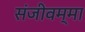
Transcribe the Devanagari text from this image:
संजीवम्मा